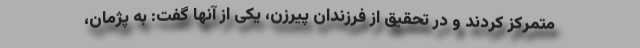
متمرکز کردند و در تحقیق از فرزندان پیرزن، یکی از آنها گفت: به پژمان،